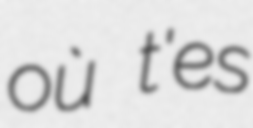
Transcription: où t'es